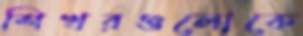
শিখরগুলোকে